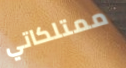
ممتلكاتي